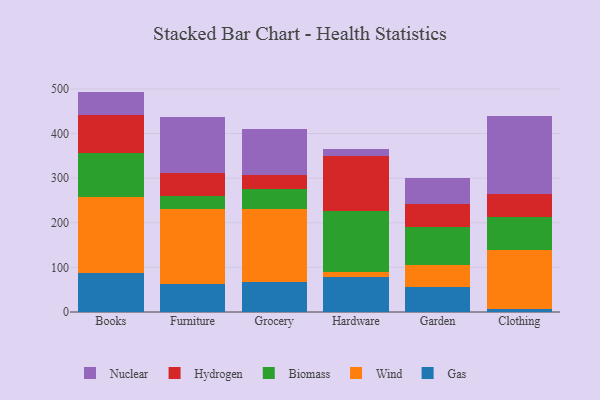
{"axis": {"x": "Category", "y": "Conversion Rate (%)"}, "legend": ["Biomass", "Gas", "Hydrogen", "Nuclear", "Wind"], "data": [{"x": "Books", "y": 87.9, "type": "Gas"}, {"x": "Books", "y": 170.9, "type": "Wind"}, {"x": "Books", "y": 97.2, "type": "Biomass"}, {"x": "Books", "y": 85.2, "type": "Hydrogen"}, {"x": "Books", "y": 52.9, "type": "Nuclear"}, {"x": "Furniture", "y": 63.2, "type": "Gas"}, {"x": "Furniture", "y": 166.7, "type": "Wind"}, {"x": "Furniture", "y": 31.1, "type": "Biomass"}, {"x": "Furniture", "y": 50.3, "type": "Hydrogen"}, {"x": "Furniture", "y": 125.7, "type": "Nuclear"}, {"x": "Grocery", "y": 66.6, "type": "Gas"}, {"x": "Grocery", "y": 164.6, "type": "Wind"}, {"x": "Grocery", "y": 45.6, "type": "Biomass"}, {"x": "Grocery", "y": 30.9, "type": "Hydrogen"}, {"x": "Grocery", "y": 101.5, "type": "Nuclear"}, {"x": "Hardware", "y": 77.4, "type": "Gas"}, {"x": "Hardware", "y": 11.7, "type": "Wind"}, {"x": "Hardware", "y": 136.6, "type": "Biomass"}, {"x": "Hardware", "y": 123.2, "type": "Hydrogen"}, {"x": "Hardware", "y": 16.7, "type": "Nuclear"}, {"x": "Garden", "y": 56.9, "type": "Gas"}, {"x": "Garden", "y": 48.8, "type": "Wind"}, {"x": "Garden", "y": 85.9, "type": "Biomass"}, {"x": "Garden", "y": 50.0, "type": "Hydrogen"}, {"x": "Garden", "y": 58.1, "type": "Nuclear"}, {"x": "Clothing", "y": 7.0, "type": "Gas"}, {"x": "Clothing", "y": 132.9, "type": "Wind"}, {"x": "Clothing", "y": 73.3, "type": "Biomass"}, {"x": "Clothing", "y": 52.4, "type": "Hydrogen"}, {"x": "Clothing", "y": 174.4, "type": "Nuclear"}]}